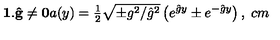
\mathbf { 1 . \hat { g } \neq 0 } a ( y ) = { \textstyle \frac { 1 } { 2 } } \sqrt { \pm g ^ { 2 } / \hat { g } ^ { 2 } } \left( e ^ { \hat { g } y } \pm e ^ { - \hat { g } y } \right) , \hspace { 3 c m }